Juvenile offences, 1941
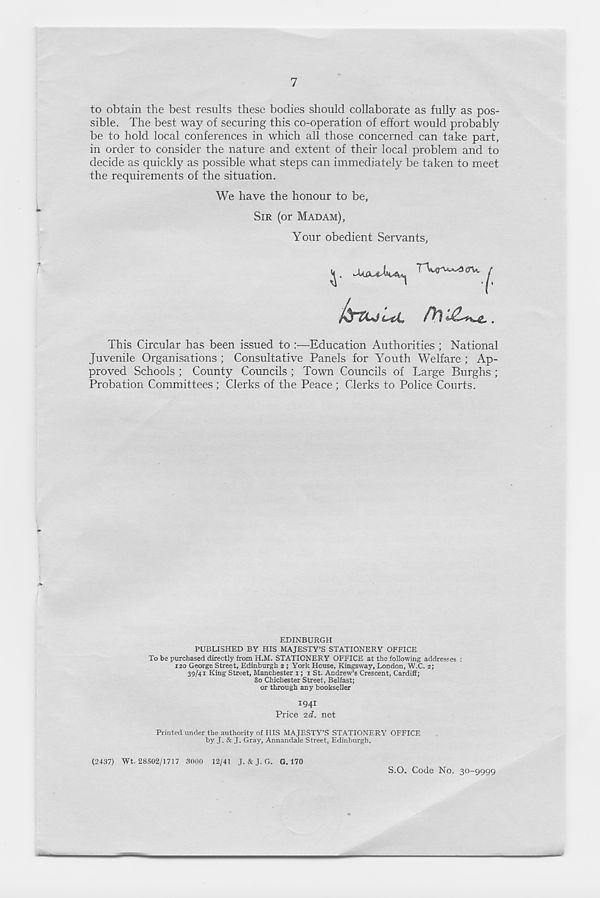
7
to obtain the best results these bodies should collaborate as fully as pos-
sible. The best way of securing this co-operation of effort would probabff 7
be to hold local conferences in which all those concerned can take part,
in order to consider the nature and extent of their local problem and to
decide as quickly as possible what steps can immediately be taken to meet
the requirements of the situation.
We have the honour to be,
SIR (or MADAM),
Your obedient Servants,
This Circular has been issued to :—Education Authorities ; National
Juvenile Organisations ; Consultative Panels for Youth Welfare ; Ap-
proved Schools ; County Councils ; Town Councils of Large Burghs ;
Probation Committees ; Clerks of the Peace ; Clerks to Police Courts.
EDINBURGH
PUBLISHED BY HIS MAJESTY’S STATIONERY OFFICE
To be purchased directly from H.M. STATIONERY OFFICE at the following addresses :
120 George Street, Edinburgh 2 ; York House, Kingsway, London, W.C. 2;
39/41 King Street, Manchester 1; 1 St. Andrew’s Crescent, Cardiff;
80 Chichester Street, Belfast;
or through any bookseller
I94I
Price , zd. net
Printed under the authority of HIS MAJESTY’S STATIONERY OFFICE
by J. & J. Gray, Annandale Street, Edinburgh.
(2437) Wt. 28502/1717 3000 12/41 J. & J. G. G. 170
S.O. Code No. 30-9999